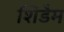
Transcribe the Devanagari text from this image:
शिडैम